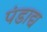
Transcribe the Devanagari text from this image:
पंडाद्य